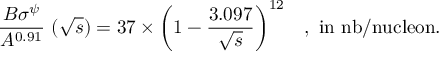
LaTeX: { \frac { B \sigma ^ { \psi } } { A ^ { 0 . 9 1 } } } ~ ( \sqrt { s } ) = 3 7 \times { \bigg ( 1 - { \frac { 3 . 0 9 7 } { \sqrt { s } } } \bigg ) } ^ { 1 2 } \quad \mathrm { , ~ i n ~ n b / n u c l e o n . }